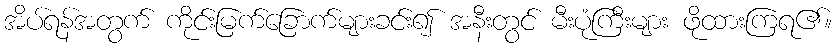
အိပ်ရန်အတွက် ကိုင်းမြက်ခြောက်များခင်း၍ အနီးတွင် မီးပုံကြီးများ ဖိုထားကြရ၏။